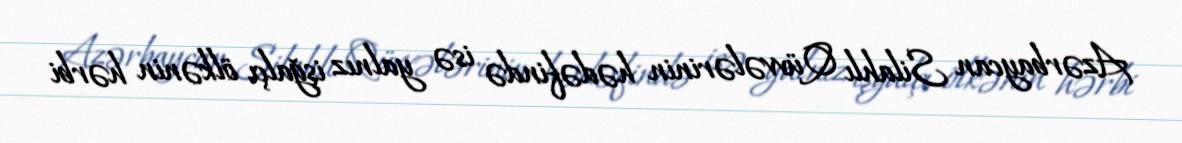
Azərbaycan Silahlı Qüvvələrinin hədəfində isə yalnız işğalçı ölkənin hərbi